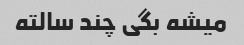
میشه بگی چند سالته